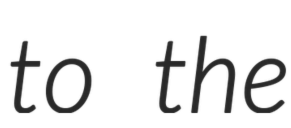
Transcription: to the